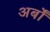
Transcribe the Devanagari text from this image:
अर्बों